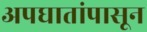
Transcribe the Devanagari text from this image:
अपघातांपासून